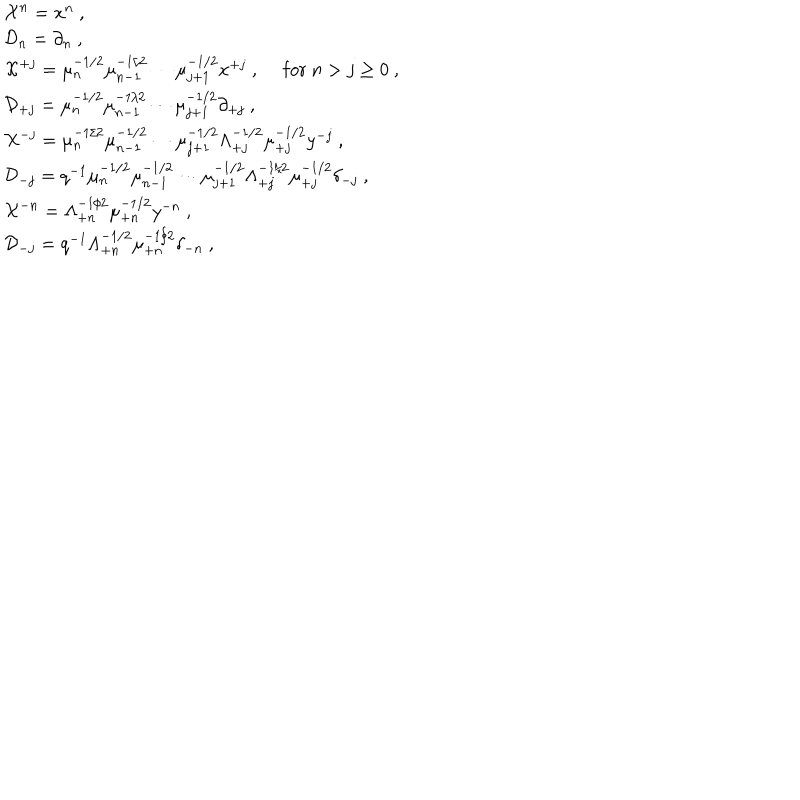
\begin{array} { l } { { { \cal X } ^ { n } = x ^ { n } ~ , } } \\ { { { \cal D } _ { n } = \partial _ { n } ~ , } } \\ { { { \cal X } ^ { + j } = \mu _ { n } ^ { - 1 / 2 } \mu _ { n - 1 } ^ { - 1 / 2 } \cdots \mu _ { j + 1 } ^ { - 1 / 2 } x ^ { + j } ~ , ~ ~ \mathrm { f o r } ~ n > j \geq 0 ~ , } } \\ { { { \cal D } _ { + j } = \mu _ { n } ^ { - 1 / 2 } \mu _ { n - 1 } ^ { - 1 / 2 } \cdots \mu _ { j + 1 } ^ { - 1 / 2 } \partial _ { + j } ~ , } } \\ { { { \cal X } ^ { - j } = \mu _ { n } ^ { - 1 / 2 } \mu _ { n - 1 } ^ { - 1 / 2 } \cdots \mu _ { j + 1 } ^ { - 1 / 2 } \Lambda _ { + j } ^ { - 1 / 2 } \mu _ { + j } ^ { - 1 / 2 } y ^ { - j } ~ , } } \\ { { { \cal D } _ { - j } = q ^ { - 1 } \mu _ { n } ^ { - 1 / 2 } \mu _ { n - 1 } ^ { - 1 / 2 } \cdots \mu _ { j + 1 } ^ { - 1 / 2 } \Lambda _ { + j } ^ { - 1 / 2 } \mu _ { + j } ^ { - 1 / 2 } \delta _ { - j } ~ , } } \\ { { { \cal X } ^ { - n } = \Lambda _ { + n } ^ { - 1 / 2 } \mu _ { + n } ^ { - 1 / 2 } y ^ { - n } ~ , } } \\ { { { \cal D } _ { - j } = q ^ { - 1 } \Lambda _ { + n } ^ { - 1 / 2 } \mu _ { + n } ^ { - 1 / 2 } \delta _ { - n } ~ , } } \\ \end{array}